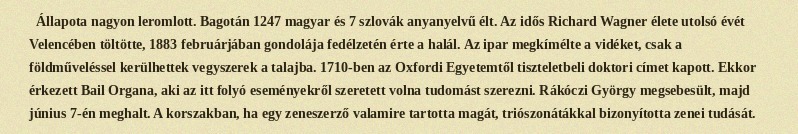
Állapota nagyon leromlott. Bagotán 1247 magyar és 7 szlovák anyanyelvű élt. Az idős Richard Wagner élete utolsó évét Velencében töltötte, 1883 februárjában gondolája fedélzetén érte a halál. Az ipar megkímélte a vidéket, csak a földműveléssel kerülhettek vegyszerek a talajba. 1710-ben az Oxfordi Egyetemtől tiszteletbeli doktori címet kapott. Ekkor érkezett Bail Organa, aki az itt folyó eseményekről szeretett volna tudomást szerezni. Rákóczi György megsebesült, majd június 7-én meghalt. A korszakban, ha egy zeneszerző valamire tartotta magát, triószonátákkal bizonyította zenei tudását.